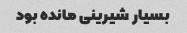
بسیار شیرینی مانده بود